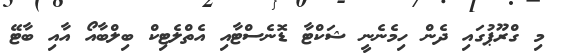
މި ގްރޫޕުގައި ދެން ހިމެނެނީ ޝަކްޓާ ޑޮނެސްޓާއި އެތްލެޓިކް ބިލްބާއޯ އާއި ބާޓޭ